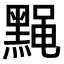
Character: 𫜙